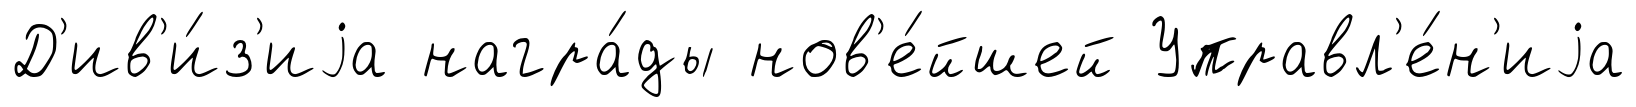
Д'ив'и́з'иjа награ́ды нов'е́йшей Управл'е́н'иjа